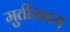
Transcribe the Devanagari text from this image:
मुर्तीकाम